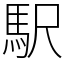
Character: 駅